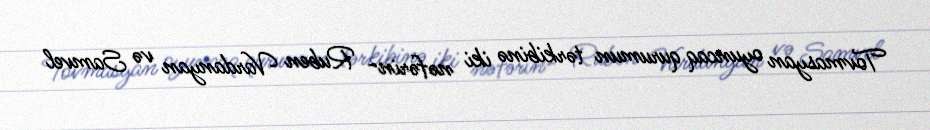
Tovmasyan oyuncaq qurumun tərkibinə iki nəfərin- Ruben Vardanyan və Samvel